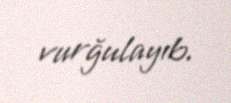
vurğulayıb.